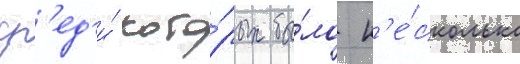
ср'ед'и́ кото́рых бы́ло н'е́сколько